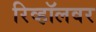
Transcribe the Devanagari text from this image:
रिव्हॉलवर